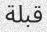
قبلة